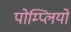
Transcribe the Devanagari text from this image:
पोम्प्लियो